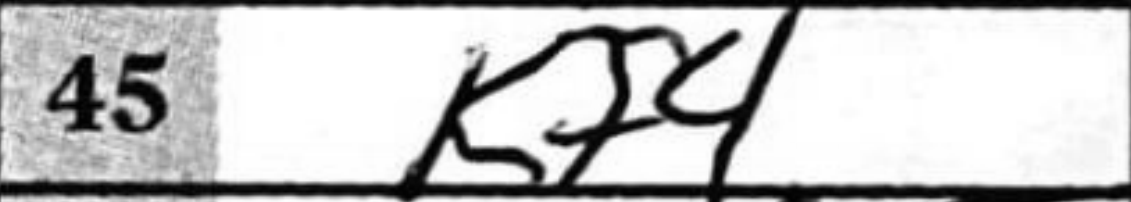
Transcription: Kf4